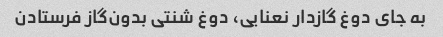
به جای دوغ گازدار نعنایی، دوغ شنتی بدون‌گاز فرستادن